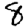
Digit: 8